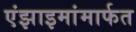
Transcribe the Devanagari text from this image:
एंझाइमांमार्फत